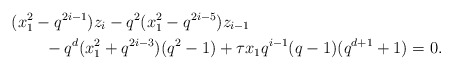
\begin{align*} & (x_1^2 - q^{2i-1}) z_i - q^2 (x_1^2 - q^{2i-5}) z_{i-1} \\ & \qquad - q^d (x_1^2 + q^{2i-3}) (q^2-1) + \tau x_1 q^{i-1} (q-1)(q^{d+1}+1) =0. \end{align*}